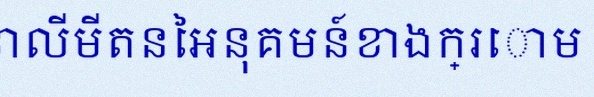
គណនាលីមីតនៃអនុគមន៍ខាងក្រោម